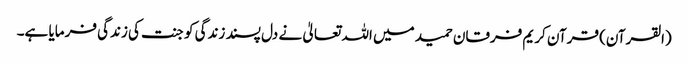
(القرآن) قرآن کریم فرقان حمید میں اللہ تعالیٰ نے دل پسند زندگی کو جنت کی زندگی فرمایا ہے۔